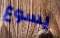
يسوع